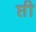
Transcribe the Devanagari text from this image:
प्ती